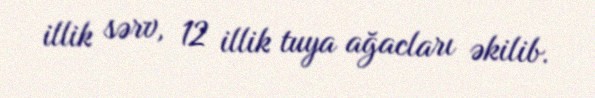
illik sərv, 12 illik tuya ağacları əkilib.